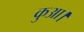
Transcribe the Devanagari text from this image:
कुआ।